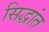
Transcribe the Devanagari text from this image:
सिद्धांत